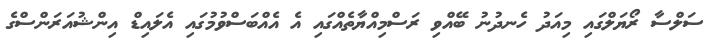
ސަލްސާ ރޯޔަލްގައި މިއަދު ހެނދުނު ބޭއްވި ރަސްމިއްޔާތެއްގައި އެ އެއްބަސްވުމުގައި އެލައިޑް އިންޝުއަރަންސްގެ